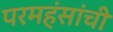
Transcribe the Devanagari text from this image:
परमहंसांची